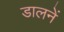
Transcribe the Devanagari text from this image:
डालनें